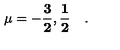
\mathbf { \mu = - \frac { 3 } { 2 } , \frac { 1 } { 2 } } \quad .